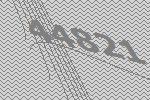
44821